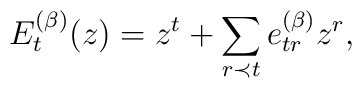
E_t^{(\beta)}(z) = z^t + \sum_{r \prec t}e^{(\beta)}_{tr} z^r,